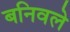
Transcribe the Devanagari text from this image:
बनिवले